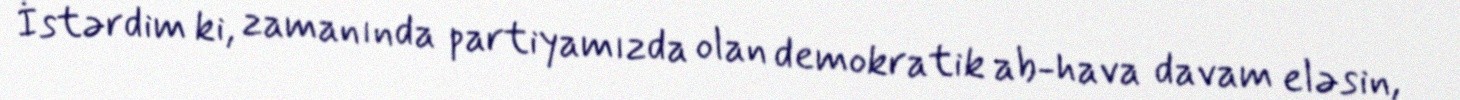
İstərdim ki, zamanında partiyamızda olan demokratik ab-hava davam eləsin,